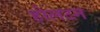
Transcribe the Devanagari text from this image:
होलटन